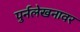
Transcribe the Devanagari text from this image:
पुर्नलेखनावर